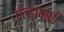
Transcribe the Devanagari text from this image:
प्रल्हादाची